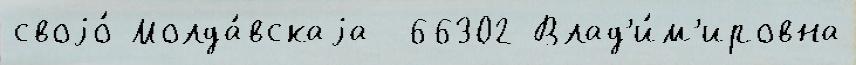
своjо́ Молда́вскаjа -66302 Влад'и́м'ировна